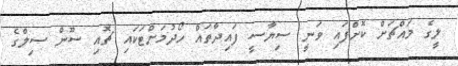
ލީގެ މައްޗަށް ކޮށްފައި ވަނީ ސިޔާސީ ފައިދާތައް ހޯދުމަށްޓަކައި ޗޮއި ސޫން ސިލްގެ